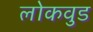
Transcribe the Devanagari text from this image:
लोकवुड